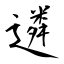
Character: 遴